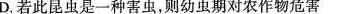
D.若此昆虫是一种害虫，则幼虫期对农作物危害